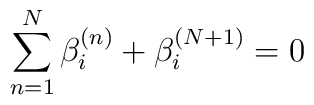
\sum^N_{n=1}\beta^{(n)}_i+\beta^{(N+1)}_i=0